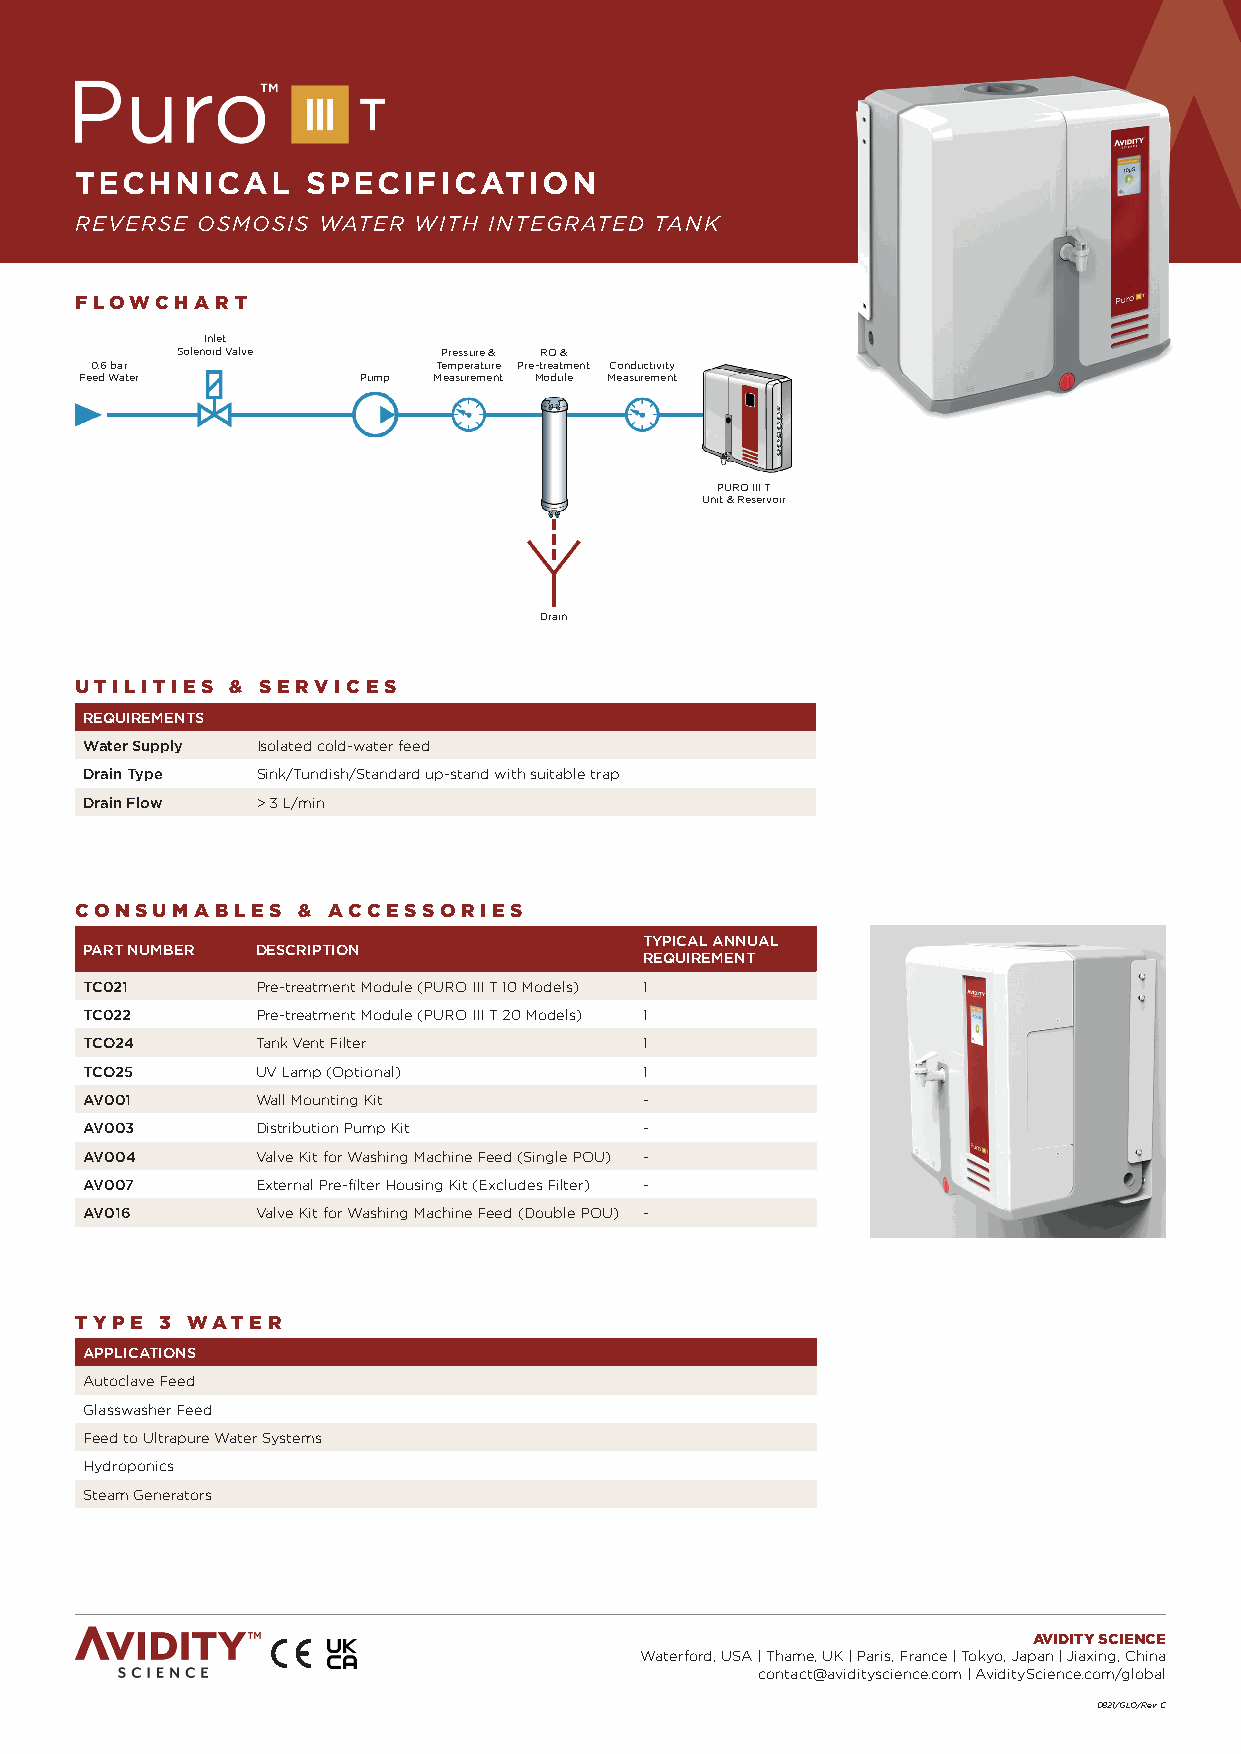
TECHNICAL      SPECIFICATION
 REVERSE OSMOSIS WATER WITH INTEGRATED TANK
 FLOWCHART
 Inlet
 Solenoid Valve   Pressure & RO &
 0.6 bar                Temperature Pre-treatment Conductivity
 Feed Water         Pump Measurement Module Measurement
 PURO III T
 Unit & Reservoir
 Drain
 UTILITIES & SERVICES
 REQUIREMENTS
 Water Supply Isolated cold-water feed
 Drain Type Sink/Tundish/Standard up-stand with suitable trap
 Drain Flow > 3 L/min
 CONSUMABLES    & ACCESSORIES
 TYPICAL ANNUAL
 PART NUMBER DESCRIPTION
 REQUIREMENT
 TC021      Pre-treatment Module (PURO III T 10 Models) 1
 TC022      Pre-treatment Module (PURO III T 20 Models) 1
 TCO24      Tank Vent Filter          1
 TCO25      UV Lamp (Optional)        1
 AV001      Wall Mounting Kit         -
 AV003      Distribution Pump Kit     -
 AV004      Valve Kit for Washing Machine Feed (Single POU) -
 AV007      External Pre-filter Housing Kit (Excludes Filter) -
 AV016      Valve Kit for Washing Machine Feed (Double POU) -
 TYPE  3 WATER
 APPLICATIONS
 Autoclave Feed
 Glasswasher Feed
 Feed to Ultrapure Water Systems
 Hydroponics
 Steam Generators
 AVIDITY SCIENCE
 Waterford, USA | Thame, UK | Paris, France | Tokyo, Japan | Jiaxing, China
 contact@avidityscience.com | AvidityScience.com/global
 0821/GLO/Rev C